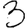
Digit: 3